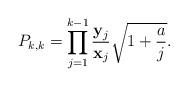
LaTeX: \begin{align*}P_{k,k}= \prod_{j=1}^{k-1} \frac{\mathbf{y}_j}{\mathbf{x}_{j}}\sqrt{1+\frac{a}{j} } . \end{align*}